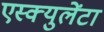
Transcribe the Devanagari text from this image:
एस्क्युलेंटा